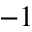
^ { - 1 }